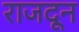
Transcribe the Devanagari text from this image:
राजदून